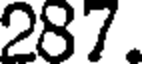
287.